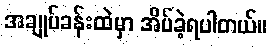
အချုပ်ခန်းထဲမှာ အိပ်ခဲ့ရပါတယ်။